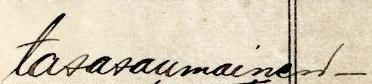
tasasaumainen -